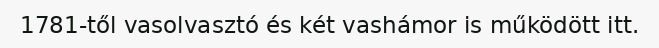
1781-től vasolvasztó és két vashámor is működött itt.